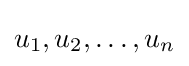
u_{1},u_{2},\dots ,u_{n}